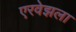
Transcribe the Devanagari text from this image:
एरवेझला